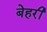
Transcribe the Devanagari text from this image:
बेहरी